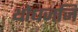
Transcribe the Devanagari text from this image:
थोधजजि